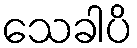
သေခါပိ